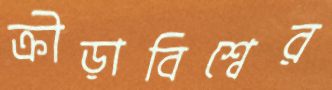
ক্রীড়াবিশ্বের